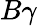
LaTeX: B\gamma